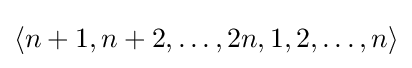
\langle n+1,n+2,\dots ,2n,1,2,\dots ,n\rangle